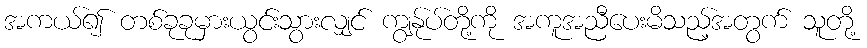
အကယ်၍ တစ်ခုခုမှားယွင်းသွားလျှင် ကျွန်ုပ်တို့ကို အကူအညီပေးမိသည့်အတွက် သူတို့